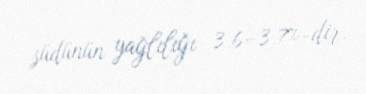
südünün yağlılığı 3,6–3,7%-dir.